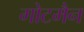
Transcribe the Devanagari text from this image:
गोटमैन